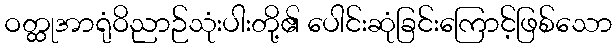
ဝတ္ထုအာရုံဝိညာဉ်သုံးပါးတို့၏ ပေါင်းဆုံခြင်းကြောင့်ဖြစ်သော